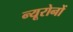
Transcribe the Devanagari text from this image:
न्यूरोनों